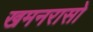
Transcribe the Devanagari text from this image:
खमनरासो